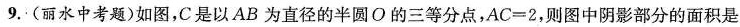
9.(丽水中考题)如图，C是以AB为直径的半圆O的三等分点，$$A C = 2$$，则图中阴影部分的面积是